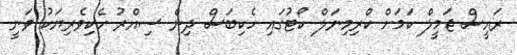
ރައީސް ޖަމީލް ކަމަށް ކްރިމިނަލް ކޯޓުގައި ހެކިބަސް ދިން ސިއްރު ހެކިވެރިޔަކު ވަނީ